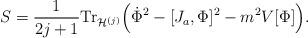
LaTeX: \begin{align*}S=\frac{1}{2j+1}{\rm Tr}_{{\cal H}^{(j)}}\Big(\dot{\Phi}^2 - [J_a, \Phi]^2 -m^2 V[\Phi]\Big).\end{align*}